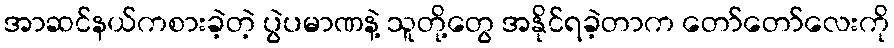
အာဆင်နယ်ကစားခဲ့တဲ့ ပွဲပမာဏနဲ့ သူတို့တွေ အနိုင်ရခဲ့တာက တော်တော်လေးကို